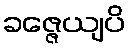
ခဇ္ဇေယျပိ